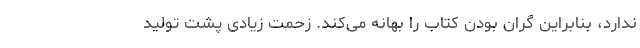
ندارد، بنابراین گران بودن کتاب را بهانه می‌کند. زحمت زیادی پشت تولید